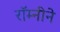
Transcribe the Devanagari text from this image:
रॉम्नीने